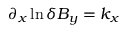
\partial _ { x } \ln \delta B _ { y } = k _ { x }